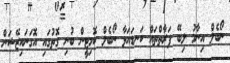
ނޯބެލް އިނާމު ލިބޭ ފަރާތްތައް ކަނޑައަޅާ ނޯބެލް ކޮމިޓީން ބުނި ގޮތުގައި އޮގަނައިޒޭޝަން